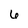
Character: 6